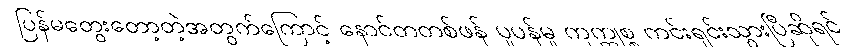
ပြန်မတွေးတော့တဲ့အတွက်ကြောင့် နောင်တတစ်ဖန် ပူပန်မှု ကုက္ကုစ္စ ကင်းရှင်းသွားပြီဆိုရင်